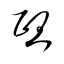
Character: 煕